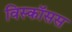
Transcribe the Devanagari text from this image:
विस्कॉसस